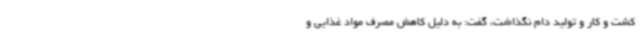
کشت و کار و تولید دام نگذاشت، گفت: به دلیل کاهش مصرف مواد غذایی و